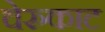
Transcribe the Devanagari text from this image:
चेरुकाट